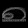
Digit: ၈